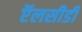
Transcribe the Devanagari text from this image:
ऍलसीडी